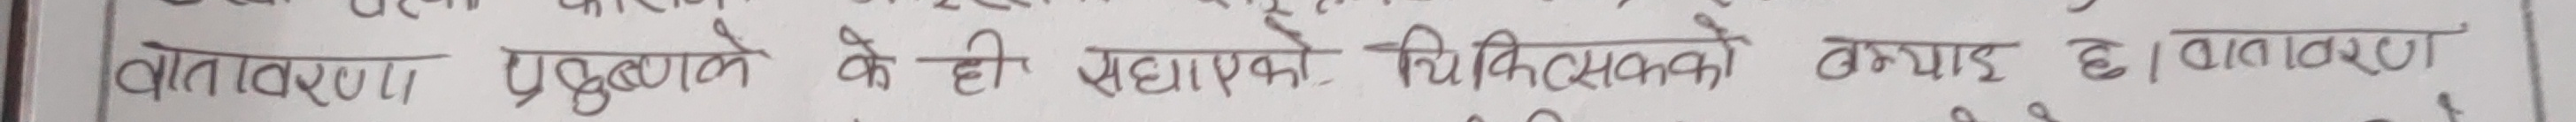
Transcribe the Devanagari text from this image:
वातावरण प्रदूषणले कै सहायक चिचसकको क्याई छ। वातावरण